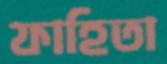
ফাহিতা